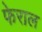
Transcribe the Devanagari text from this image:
फेराल